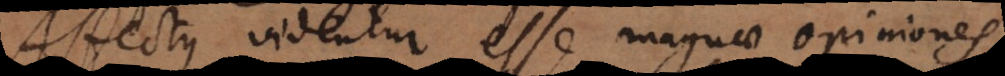
Affectus videntur esse magnae opiniones